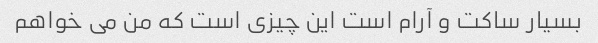
بسیار ساکت و آرام است این چیزی است که من می خواهم